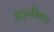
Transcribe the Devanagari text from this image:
आइ०पि०एल